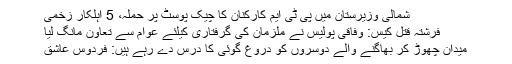
شمالی وزیرستان میں پی ٹی ایم کارکنان کا چیک پوسٹ پر حملہ، 5 اہلکار زخمی
فرشتہ قتل کیس: وفاقی پولیس نے ملزمان کی گرفتاری کیلئے عوام سے تعاون مانگ لیا
میدان چھوڑ کر بھاگنے والے دوسروں کو دروغ گوئی کا درس دے رہے ہیں: فردوس عاشق